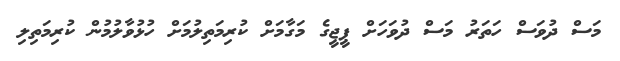
މަސް ދުވަސް ހަތަރު މަސް ދުވަހަށް ޕީޖީގެ މަގާމަށް ކުރިމަތިލުމަށް ހުޅުވާލުމުން ކުރިމަތިލި